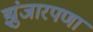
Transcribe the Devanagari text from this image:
झुंजारपणा